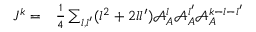
\begin{array} { r l } { J ^ { k } = } & { { } \frac { 1 } { 4 } \sum _ { { l } , { l ^ { \prime } } } ( { l } ^ { 2 } + 2 { l } { l ^ { \prime } } ) \mathcal { A } _ { A } ^ { l } \mathcal { A } _ { A } ^ { l ^ { \prime } } \mathcal { A } _ { A } ^ { k - { l } - { l ^ { \prime } } } } \end{array}